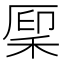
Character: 𫀳